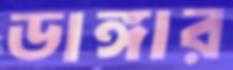
ডাঙ্গার